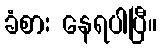
ခံစား နေရပါပြီ။